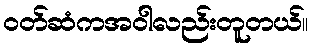
၀တ်ဆံကအဝါလည်းတူတယ်။